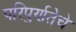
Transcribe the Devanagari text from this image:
परिपुर्णतेचे